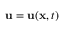
\mathbf { u } = \mathbf { u } ( \mathbf { x } , t )